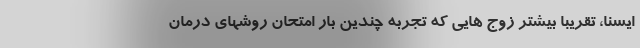
ایسنا، تقریبا بیشتر زوج هایی که تجربه چندین بار امتحان روشهای درمان